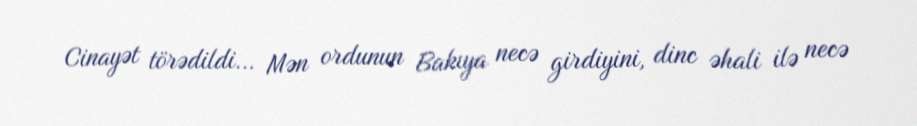
Cinayət törədildi... Mən ordunun Bakıya necə girdiyini, dinc əhali ilə necə